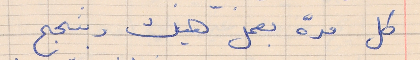
كل مدة بعمل هيك وبنجح